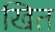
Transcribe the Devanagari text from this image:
खित